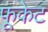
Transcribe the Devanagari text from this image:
फूकेट